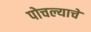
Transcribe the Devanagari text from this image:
पोचल्याचे